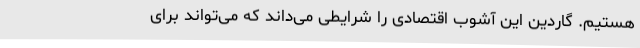
هستیم. گاردین این آشوب اقتصادی را شرایطی می‌داند که می‌تواند برای